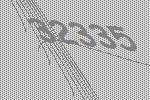
32335